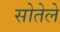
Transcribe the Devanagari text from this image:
सोतेले